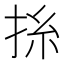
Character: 𢬡